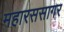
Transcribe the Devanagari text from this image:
महारससागर